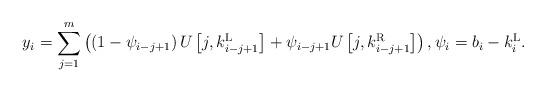
LaTeX: \begin{align*} y_i = \sum_{j=1}^{m} \left( \left( 1 - \psi_{i-j+1} \right) U\left[ j, k^\mathrm{L}_{i-j+1} \right] + \psi_{i-j+1} U\left[ j, k^\mathrm{R}_{i-j+1} \right] \right) , \psi_i = b_i - k_i^\mathrm{L} .\end{align*}